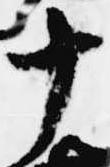
十